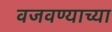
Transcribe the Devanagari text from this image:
वजवण्याच्या